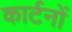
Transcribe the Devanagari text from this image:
कार्टनों